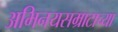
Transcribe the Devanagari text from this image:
अभिनयसम्राटाच्या